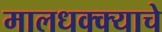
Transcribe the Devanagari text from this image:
मालधक्क्याचे